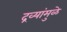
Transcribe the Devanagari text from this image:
द्रव्यांमुळे